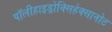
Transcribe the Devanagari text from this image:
पॉलीहाइड्रोक्सिहेक्सानोट